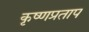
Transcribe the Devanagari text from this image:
कृष्णप्रताप